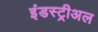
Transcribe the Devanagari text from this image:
इंडस्ट्रीअल